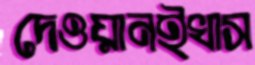
দেওয়ানইখাস